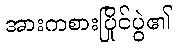
အားကစားပြိုင်ပွဲ၏